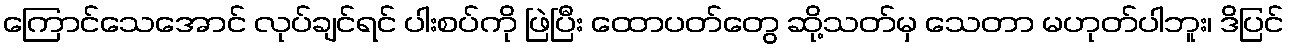
ကြောင်သေအောင် လုပ်ချင်ရင် ပါးစပ်ကို ဖြဲပြီး ထောပတ်တွေ ဆို့သတ်မှ သေတာ မဟုတ်ပါဘူး၊ ဒိပြင်